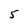
Character: 5